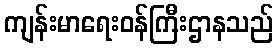
ကျန်းမာရေးဝန်ကြီးဌာနသည်